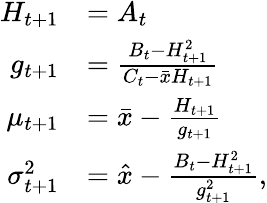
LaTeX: \begin{array}{rl}{H_{t+1}}&{=A_{t}}\\ {g_{t+1}}&{=\frac{B_{t}-H_{t+1}^{2}}{C_{t}-\bar{x}H_{t+1}}}\\ {\mu_{t+1}}&{=\bar{x}-\frac{H_{t+1}}{g_{t+1}}}\\ {\sigma_{t+1}^{2}}&{=\hat{x}-\frac{B_{t}-H_{t+1}^{2}}{g_{t+1}^{2}},}\end{array}